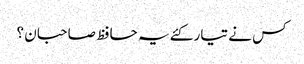
کس نے تیار کئے یہ حافظ صاحبان ؟